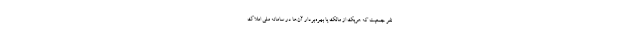
نفر جمعیت که هریک از مالک یا بهره‌بردار آن‌ها در سامانه ملی املاک